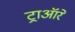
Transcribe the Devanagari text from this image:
ट्राऑरे